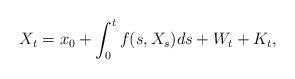
LaTeX: \begin{align*} X_t = x_0 + \int_0^t f(s,X_s) ds + W_t + K_t, \end{align*}